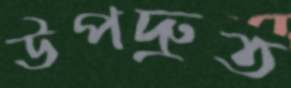
উপদ্রুত